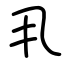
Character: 丮